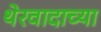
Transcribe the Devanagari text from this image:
थेरवादाच्या